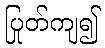
ပြုတ်ကျ၍